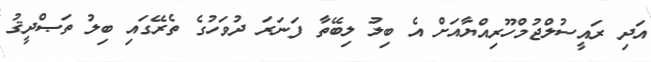
އަދި ރައީސުލްޖުމްހޫރިއްޔާއަށް އެ ބިލު ލިބޭތާ ފަނަރަ ދުވަހުގެ ތެރޭގައި ބިލު ތަޞްދީޤު